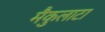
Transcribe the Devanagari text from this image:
मैकुलाटा